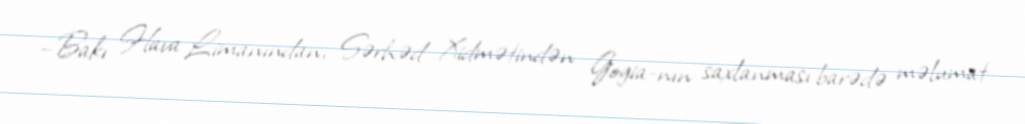
–Bakı Hava Limanından, Sərhəd Xidmətindən Gogia-nın saxlanması barədə məlumat